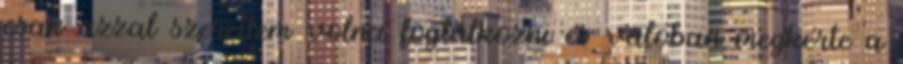
csak azzal szerettem volna foglalkozni és valóban megkérte a